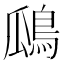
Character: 𪀅